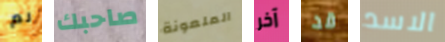
لم صاحبك الملعونة آخر قد الاسد